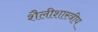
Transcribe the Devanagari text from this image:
शैलीशास्त्रीय